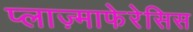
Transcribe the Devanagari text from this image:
प्लाज़्माफेरेसिस